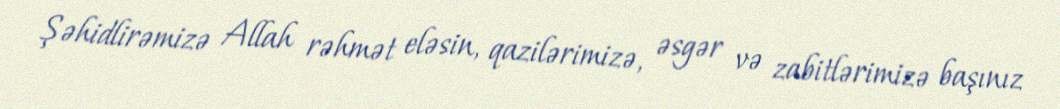
Şəhidlirəmizə Allah rəhmət eləsin, qazilərimizə, əsgər və zabitlərimizə başınız